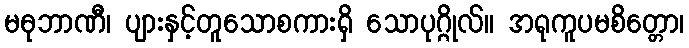
မဓုဘာဏီ၊ ပျားနှင့်တူသောစကားရှိ သောပုဂ္ဂိုလ်။ အရုကူပမစိတ္တော၊